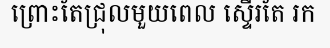
ព្រោះតែជ្រុលមួយពេល ស្ទើរតែ រក